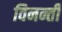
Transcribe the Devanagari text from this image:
विनन्ती